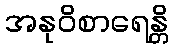
အနုဝိစာရေန္တိ